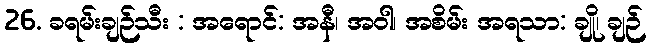
26. ခရမ်းချဉ်သီး : အရောင်: အနီ၊ အဝါ၊ အစိမ်း အရသာ: ချို၊ ချဉ်